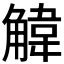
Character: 𫌱